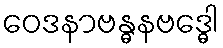
ဝေဒနာဗန္ဓနဗဒ္ဓေါ